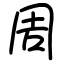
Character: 周